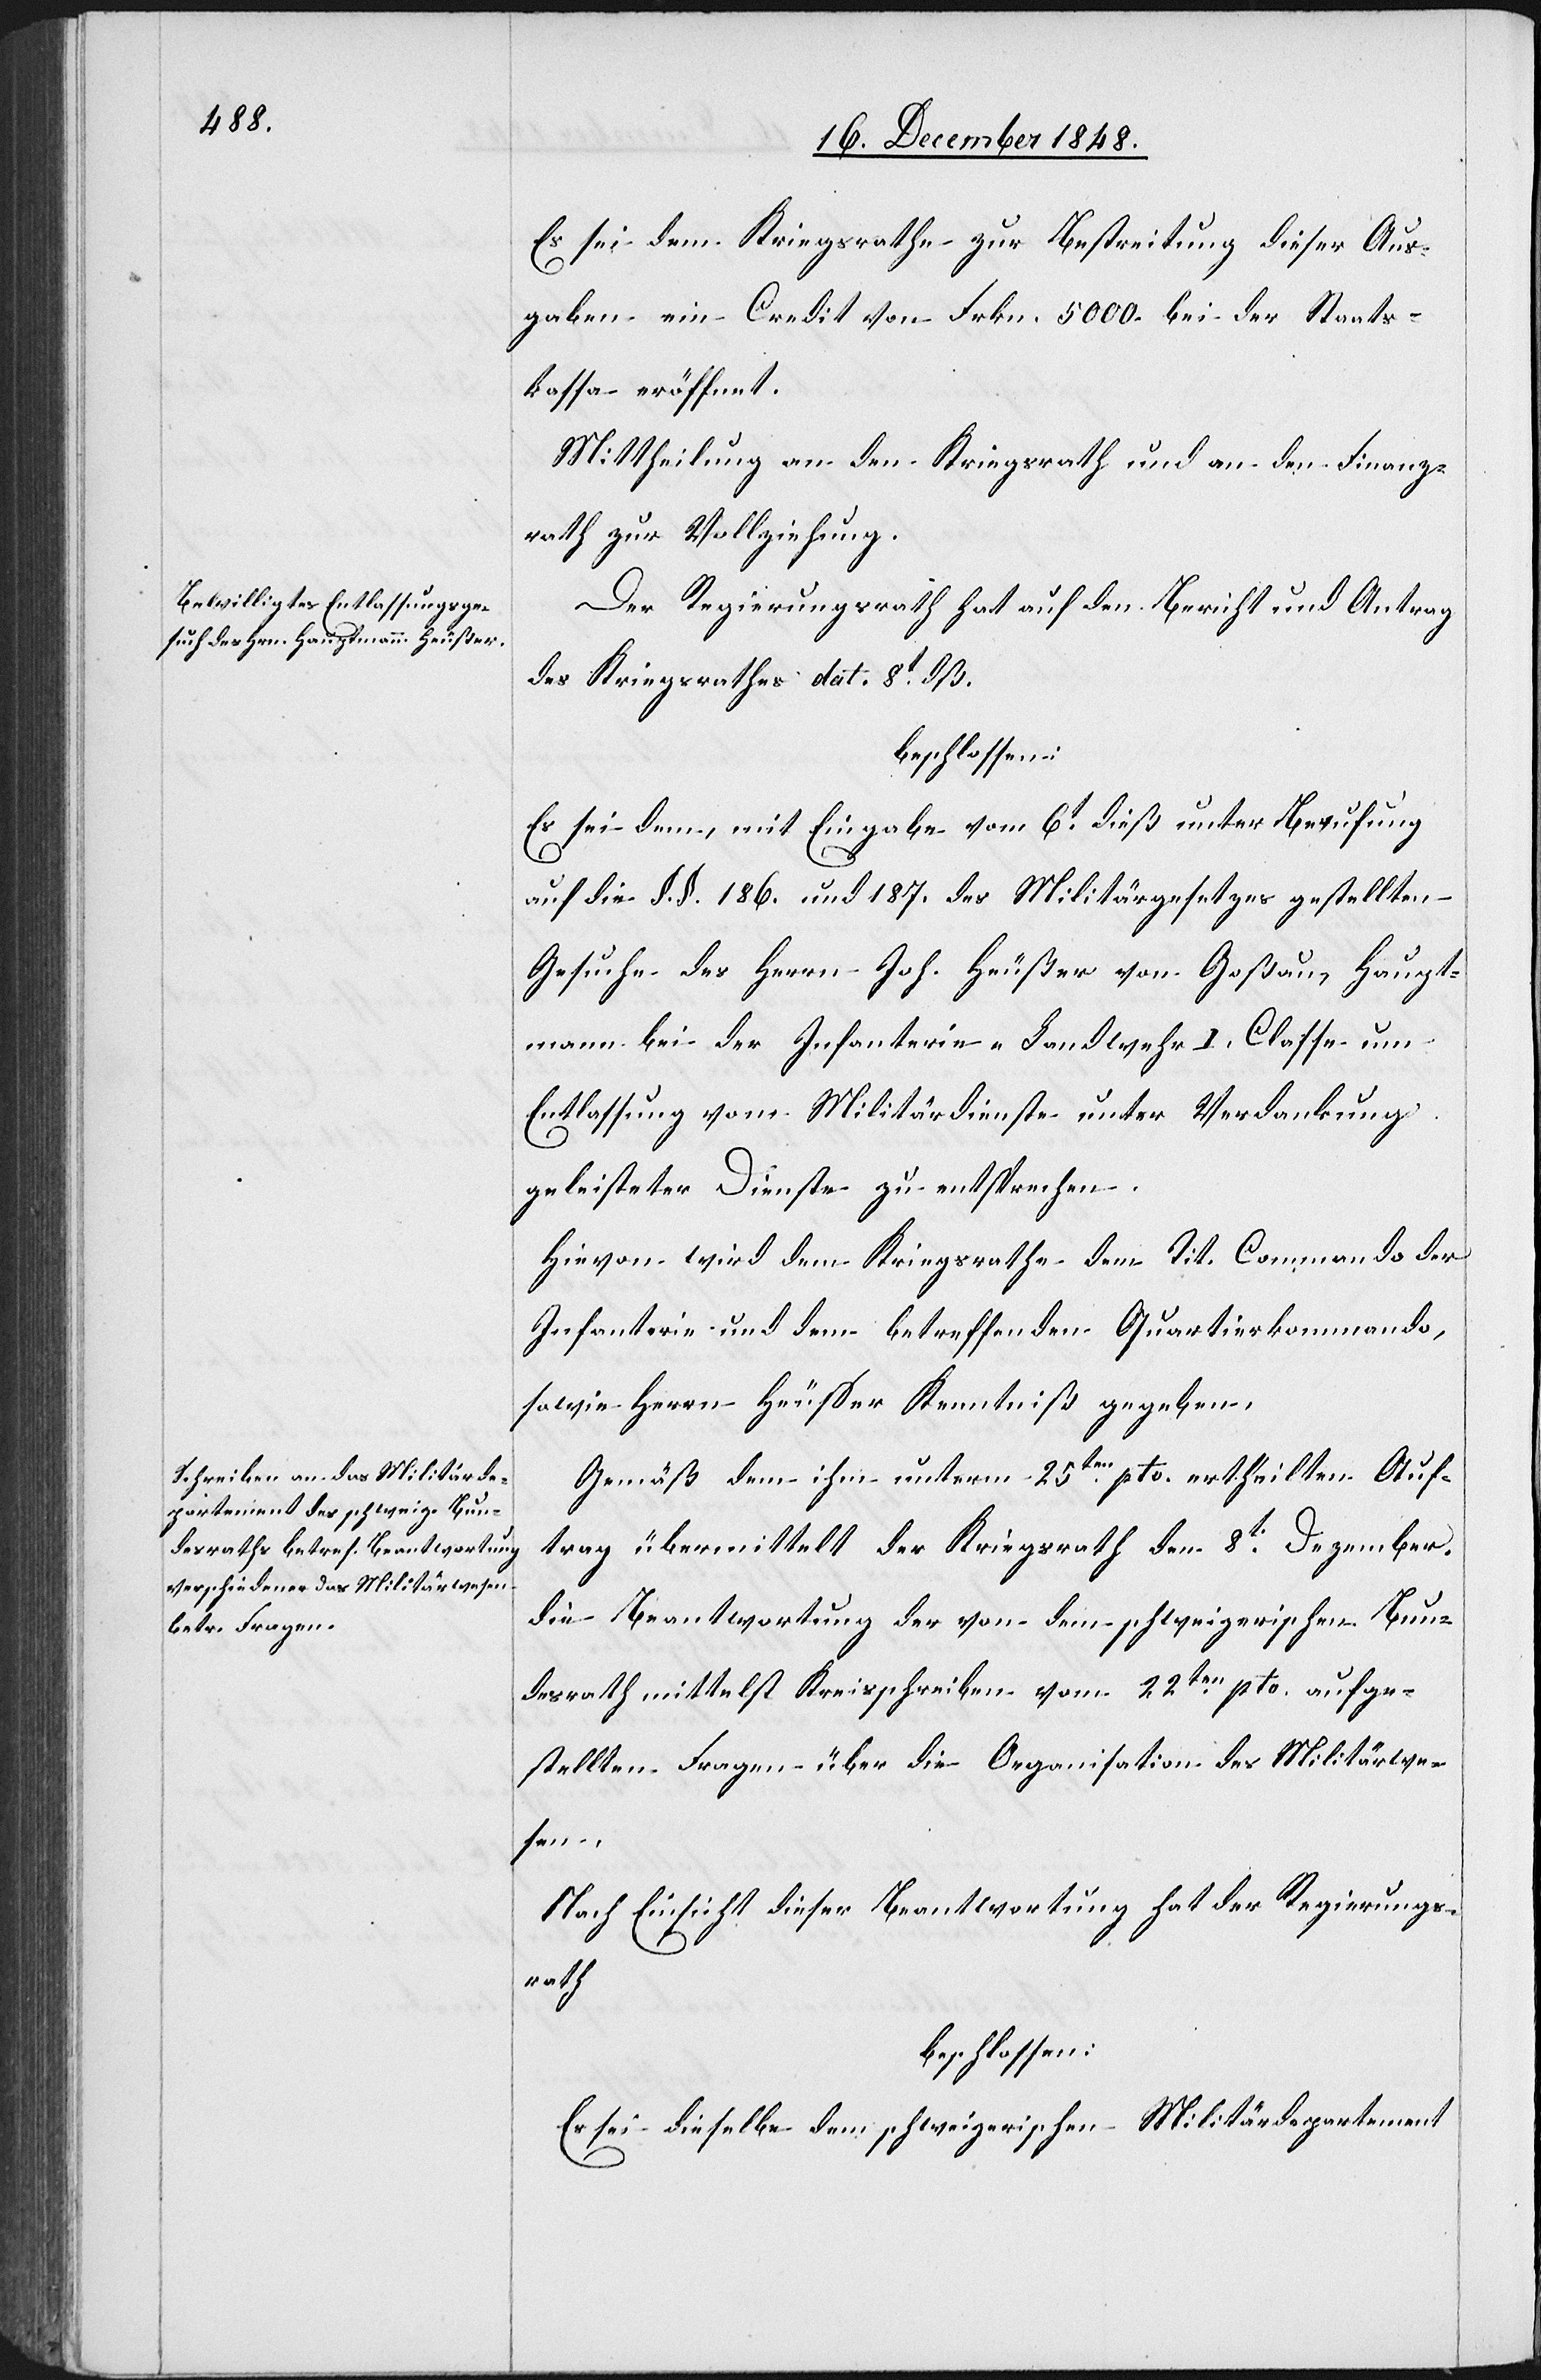
Es sei dem Kriegsrathe zur Bestreitung dieser Aus¬
gaben ein Credit von Frkn. 5000. bei der Staats¬
kassa eröffnet.
Mittheilung an den Kriegsrath und an den Finanz¬
rath zur Vollziehung.
Der Regierungsrath hat auf den Bericht und Antrag
des Kriegsrathes dat. 8t dß.
beschlossen:
Es sei dem, mit Eingabe vom 6t dieß unter Berufung
auf die §. §. 186. und 187. des Militärgesetzes gestellten
Gesuche des Herrn Joh. Heußer von Goßau, Haupt¬
mann bei der Infanterie-Landwehr I. Classe um
Entlassung vom Militärdienste unter Verdankung
geleisteter Dienste zu entsprechen.
Hievon wird dem Kriegsrathe dem Tit. Commando der
Infanterie und dem Betreffenden Quartierkommando,
sowie Herrn Heusser Kenntniß gegeben.
Gemäß dem ihm unterm 25ten pto. ertheilten Auf¬
trag übermittelt der Kriegsrath den 8t Dezember
die Beantwortung der von dem schweizerischen Bun¬
desrath mittelst Kreisschreiben vom 22ten pto. aufge¬
stellten Fragen über die Organisation des Militärwe¬
sen.
Nach Einsicht dieser Beantwortung hat der Regierungs¬
rath
beschlossen:
Es sei dieselbe dem schweizerischen Militärdepartement